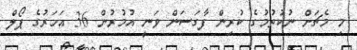
މި މެޗަށް ނުކުތުމުގެ ކުރިން ފާގަސަން ވަނީ އުމުރުން 36 އަހަރުގެ ޕޯލް